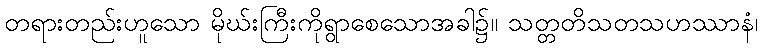
တရားတည်းဟူသော မိုဃ်းကြီးကိုရွာစေသောအခါ၌။ သတ္တတိသတသဟဿာနံ၊